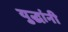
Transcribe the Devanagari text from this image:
युद्धांनी